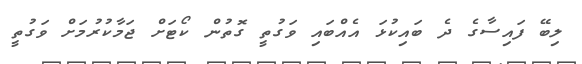
ލިބޭ ފައިސާގެ ދެ ބައިކުޅަ އެއްބައި ވަގުތީ ގޮތުން ކޯޓަށް ޖަމާކުރުމަށް ވަގުތީ